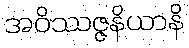
အဝိဿဇ္ဇနိယာနိ